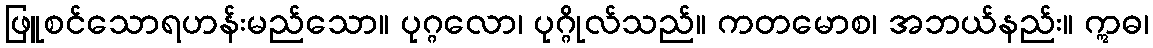
ဖြူစင်သောရဟန်းမည်သော။ ပုဂ္ဂလော၊ ပုဂ္ဂိုလ်သည်။ ကတမောစ၊ အဘယ်နည်း။ ဣဓ၊